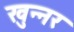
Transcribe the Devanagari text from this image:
खुन्नर